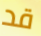
قد